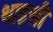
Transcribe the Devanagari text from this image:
थाइसी